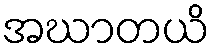
အဃာတယိ